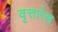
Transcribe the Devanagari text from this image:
वृत्तारेख